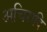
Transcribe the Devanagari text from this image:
अचिरादि